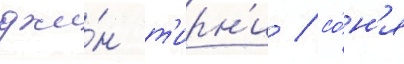
джи́н т'ирн'и / со́н'я